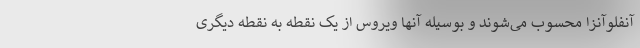
آنفلوآنزا محسوب می‌شوند و بوسیله آنها ویروس از یک نقطه به نقطه دیگری